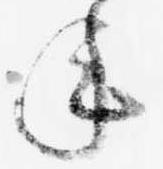
年